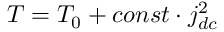
T = T _ { 0 } + c o n s t \cdot j _ { d c } ^ { 2 }